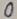
Text: 0